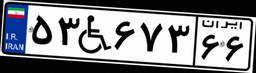
۵۳W۶۷۳۶۶